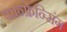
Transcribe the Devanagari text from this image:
कान्फ्रेन्सिंग